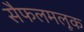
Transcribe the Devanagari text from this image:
सैफलमलूक